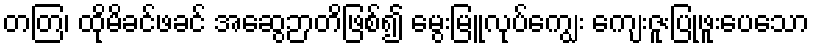
တတြ၊ ထိုမိခင်ဖခင် အဆွေဉာတိဖြစ်၍ မွေးမြူလုပ်ကျွေး ကျေးဇူးပြုဖူးပေသော